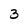
Character: 3